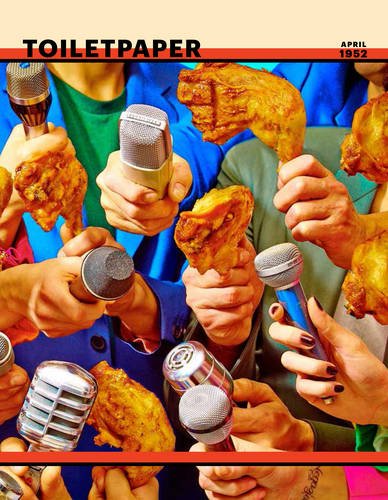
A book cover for Toilet Paper: Issue 11; Arts & Photography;